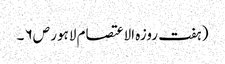
( ہفت روزہ الاعتصام لاہور ص۶ ۔